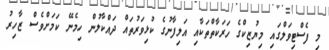
މި ފެސްޓިވަލްގައި މިޔުޒިކްގެ ހަރަކާތްތަކާއި އަލިފާނުގެ ކުޅިވަރުތައް ދައްކާލުން ހިމެނޭ ކަމަށްވެސް ޒާހިރު